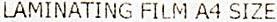
LAMINATING FILM A4 SIZE